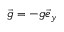
\vec { g } = - g \vec { e } _ { y }